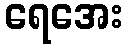
ရေအေး